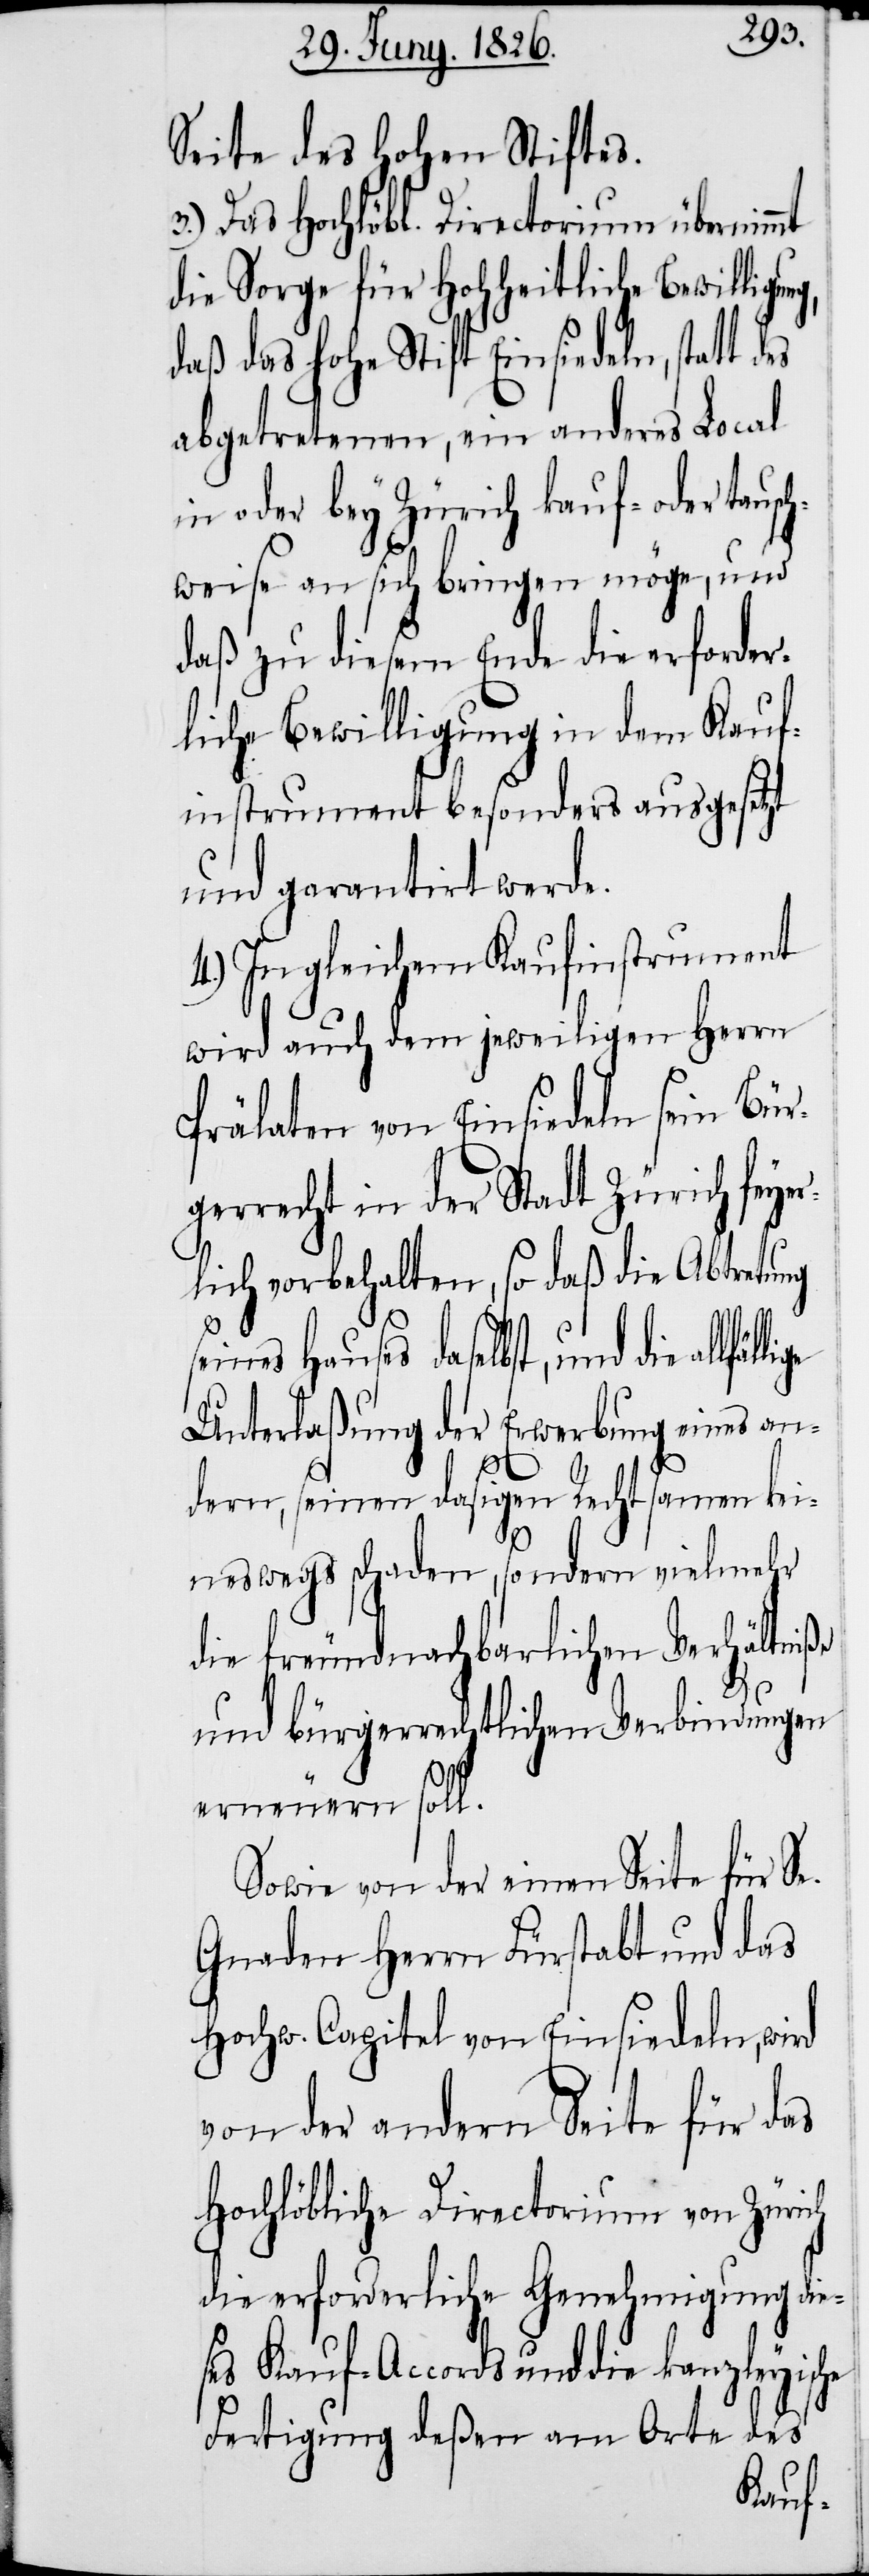
Seite des Hohen Stiftes.
3.) Das Hochlöbl. Directorium übernimmt
die Sorge für Hoheitliche Bewillig¬
daß das hohe Stift Einsiedeln, statt
abgetretenen, ein anderes Local
in oder bey Zürich kauf- oder tausc¬
hweise an sich bringen möge, und
daß zu diesem Ende die erforder¬
liche Bewilligung in dem Kauf¬
instrument besonders ausgesetzt
und garantirt werde.
4.) In gleichem Kaufinstrument
wird auch dem jeweiligen Herrn
Prälaten von Einsiedeln sein Bür¬
gerrecht in der Stadt Zürich feye¬
rlich vorbehalten, so daß die Abtretung
seines Hauses daselbst, und die
Unterlaßung der Erwerbung eines an¬
deren, seinen dasigen Rechtsamen kei¬
elmehr
neswegs schaden, sondern vi¬
die freundnachbarlichen Verhältniße
und bürgerrechtlichen Verbindungen
erneuern soll.
Sowie von der einen Seite für Se.
Gnaden Herrn Fürstabt und das
Hochw. Capitel von Einsiedeln, wird
von der andern Seite für das
Hochlöbliche Directorium von Zürich
die erforderliche Genehmigung die¬
ses Kauf-Accords und die kanzleyische
Fertigung deßen am Orte des